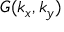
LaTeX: ~ G ( k _ { x } , k _ { y } )